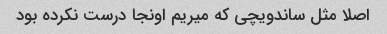
اصلا مثل ساندویچی که میریم اونجا درست نکرده بود